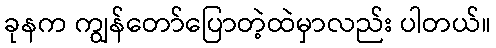
ခုနက ကျွန်တော်ပြောတဲ့ထဲမှာလည်း ပါတယ်။